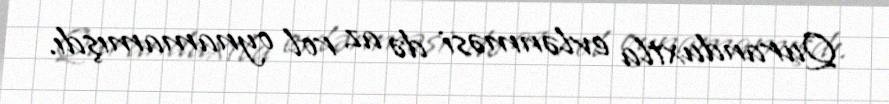
Quranduxtla evlənməsi də az rol oynamamışdı.